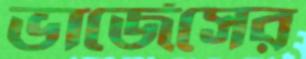
ভার্জেসের